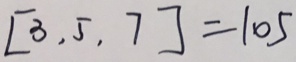
[ 3 , 5 , 7 ] = 1 0 5